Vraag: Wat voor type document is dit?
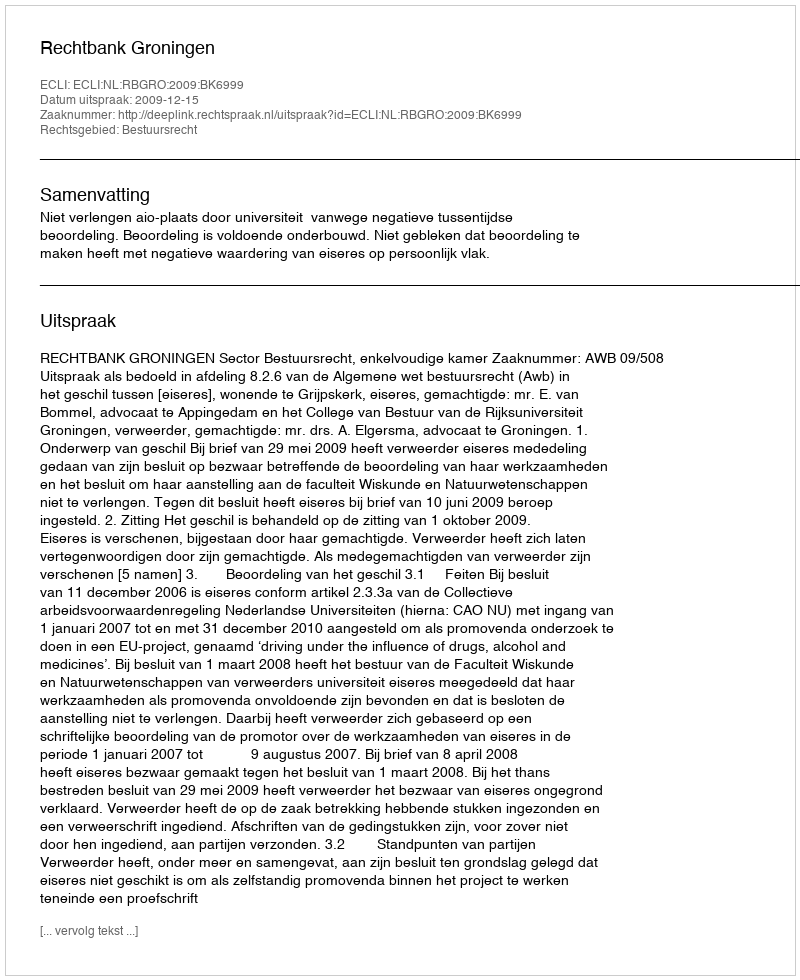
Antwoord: Uitspraak